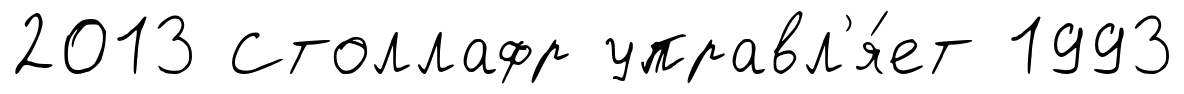
2013 Столлафр управл'я́ет 1993